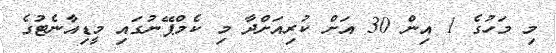
މި މަހުގެ 1 އިން 30 އަށް ކުރިއަށްދާ މި ކެމްޕޭނުގައި މީޑިއާނެޓުގެ